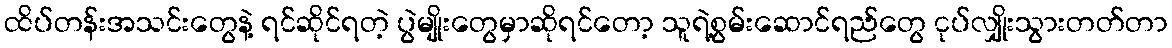
ထိပ်တန်းအသင်းတွေနဲ့ ရင်ဆိုင်ရတဲ့ ပွဲမျိုးတွေမှာဆိုရင်တော့ သူရဲ့စွမ်းဆောင်ရည်တွေ ငုပ်လျှိုးသွားတတ်တာ